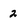
Character: 2